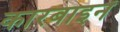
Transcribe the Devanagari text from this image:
कारबाइनें